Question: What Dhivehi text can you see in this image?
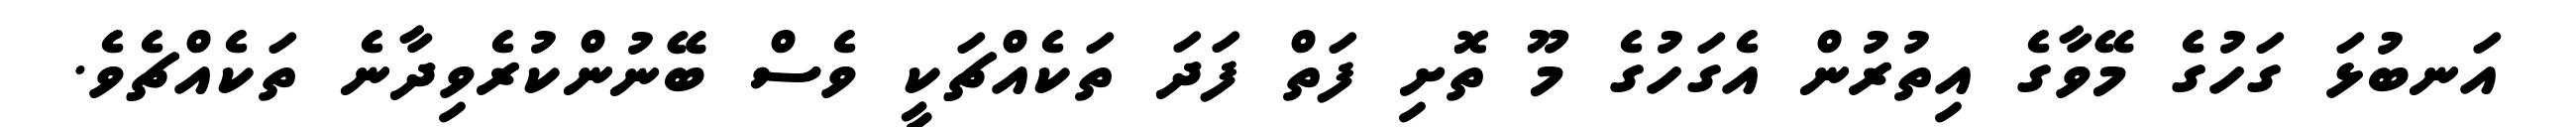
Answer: އަނބުޅަ ގަހުގެ މޭވާގެ އިތުރުން އެގަހުގެ މޫ ތޮށި ފަތް ފަދަ ތަކެއްޗަކީ ވެސް ބޭނުންކުރެވިދާނެ ތަކެއްޗެވެ.